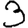
Digit: 3